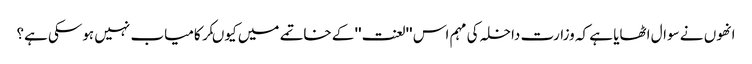
انھوں نے سوال اٹھایا ہے کہ وزارت داخلہ کی مہم اس ''لعنت'' کے خاتمے میں کیوںکر کامیاب نہیں ہوسکی ہے؟